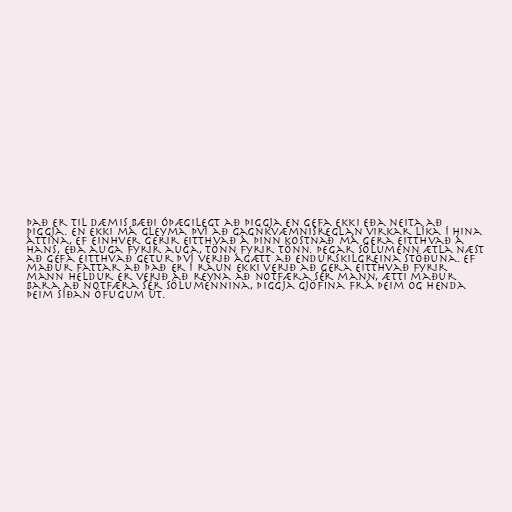
Það er til dæmis bæði óþægilegt að þiggja en gefa ekki eða neita að
þiggja. En ekki má gleyma því að gagnkvæmnisreglan virkar líka í hina
áttina, ef einhver gerir eitthvað á þinn kostnað má gera eitthvað á
hans, eða auga fyrir auga, tönn fyrir tönn. Þegar sölumenn ætla næst
að gefa eitthvað getur því verið ágætt að endurskilgreina stöðuna. Ef
maður fattar að það er í raun ekki verið að gera eitthvað fyrir
mann heldur er verið að reyna að notfæra sér mann, ætti maður
bara að notfæra sér sölumennina, þiggja gjöfina frá þeim og henda
þeim síðan öfugum út.